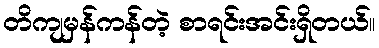
တိကျမှန်ကန်တဲ့ စာရင်းအင်းရှိတယ်။